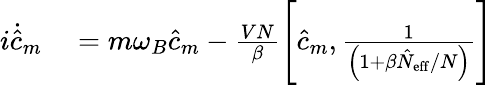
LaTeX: \begin{array}{rl}{i\dot{\hat{c}}_{m}}&{{}=m\omega_{B}\hat{c}_{m}-\frac{VN}{\beta}\left[\hat{c}_{m},\frac{1}{\left(1+\beta\hat{N}_{\mathrm{eff}}/N\right)}\right]}\end{array}